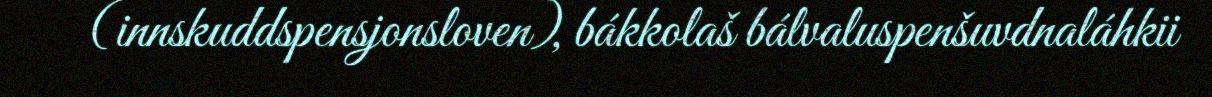
(innskuddspensjonsloven), bákkolaš bálvaluspenšuvdnaláhkii